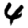
Digit: 4